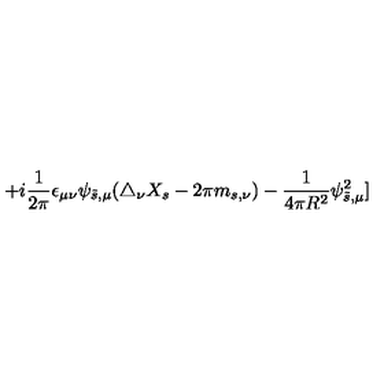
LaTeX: + i { \frac { 1 } { 2 \pi } } \epsilon _ { \mu \nu } \psi _ { \tilde { s } , \mu } ( \triangle _ { \nu } X _ { s } - 2 \pi m _ { s , \nu } ) - { \frac { 1 } { 4 \pi R ^ { 2 } } } \psi _ { \tilde { s } , \mu } ^ { 2 } ]